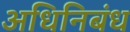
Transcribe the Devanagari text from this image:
अधिनिबंध